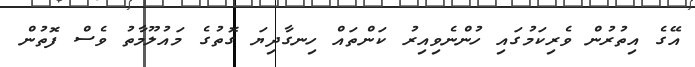
އޭގެ އިތުރުން ވެރިކަމުގައި ހުންނެވިއިރު ކަންތައް ހިނގާދިޔަ ގޮތުގެ މައުލޫމާތު ވެސް ފޮތުން